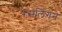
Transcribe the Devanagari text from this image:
रेसलिंगने